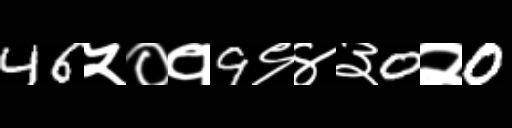
Text: 46५०१9९४३0२0